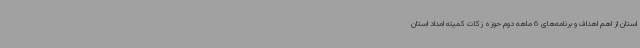
استان از اهم اهداف و برنامه‌های 6 ماهه دوم حوزه زکات کمیته امداد استان